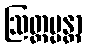
ဩတ္တပ္ပန္တာ